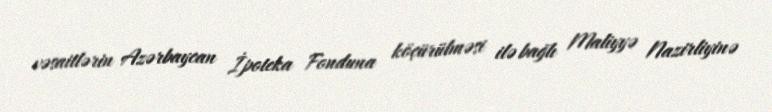
vəsaitlərin Azərbaycan İpoteka Fonduna köçürülməsi ilə bağlı Maliyyə Nazirliyinə